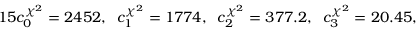
1 5 c _ { 0 } ^ { \chi ^ { 2 } } = 2 4 5 2 , \; \; c _ { 1 } ^ { \chi ^ { 2 } } = 1 7 7 4 , \; \; c _ { 2 } ^ { \chi ^ { 2 } } = 3 7 7 . 2 , \; \; c _ { 3 } ^ { \chi ^ { 2 } } = 2 0 . 4 5 ,